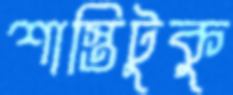
শাস্তিটুকু